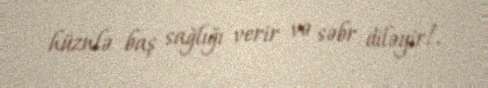
hüznlə baş sağlığı verir və səbr diləyir!.